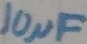
Text: 10µF